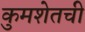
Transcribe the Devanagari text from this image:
कुमशेतची